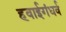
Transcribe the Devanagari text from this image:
हवाईगंधर्व